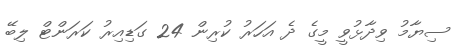
ސިޔާމު ވިދާޅުވީ މީގެ ދެ އަހަރު ކުރިން 24 ގަޑިއިރު ކަރަންޓް ލިބޭ